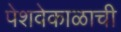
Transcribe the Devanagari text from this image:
पेशवेकाळाची